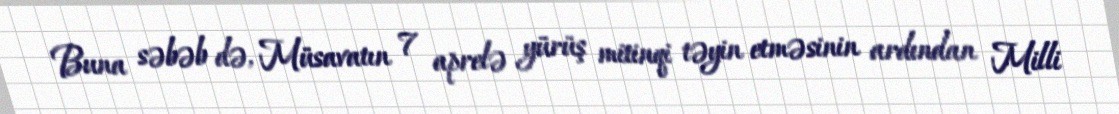
Buna səbəb də, Müsavatın 7 aprelə yürüş mitinqi təyin etməsinin ardından Milli